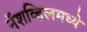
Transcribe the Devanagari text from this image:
नॅशव्हिलमध्ये